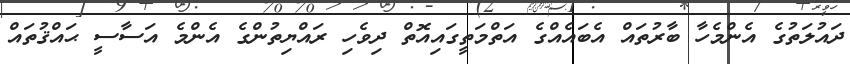
ދައުލަތުގެ އެންމެހާ ބާރުތައް އެބައެއްގެ އަތްމަތީގައިއޮތް ދިވެހި ރައްޔިތުންގެ އެންމެ އަސާސީ ޙައްޤުތައް